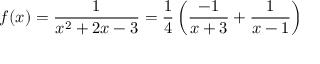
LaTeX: f ( x ) = { \frac { 1 } { x ^ { 2 } + 2 x - 3 } } = { \frac { 1 } { 4 } } \left( { \frac { - 1 } { x + 3 } } + { \frac { 1 } { x - 1 } } \right)